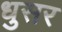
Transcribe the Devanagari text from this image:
धुसर